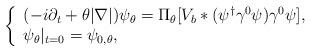
LaTeX: \begin{align*}\left\{\begin{array}{l}(-i\partial_t+\theta|\nabla|)\psi_\theta = \Pi_\theta[V_b*(\psi^\dagger\gamma^0\psi)\gamma^0\psi], \\\psi_\theta|_{t=0}=\psi_{0,\theta},\end{array}\right.\end{align*}